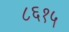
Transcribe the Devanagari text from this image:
८६१५